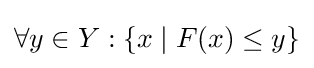
\forall y\in Y:\{x\mid F(x)\leq y\}